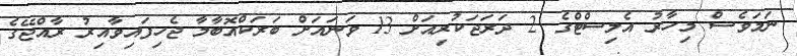
ނަމަވެސް މިހާރު އެލިސްޓްގެ 2 ދަރަޖަކުރިއަށް 13 ވަނައަށް ބަރަކްއޮބާމާ ޖެހިފައިވާއިރު ރާއްޖޭގެ